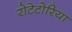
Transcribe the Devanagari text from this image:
रोटेटोरिया